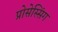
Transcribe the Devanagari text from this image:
प्रोसेस्सिंग